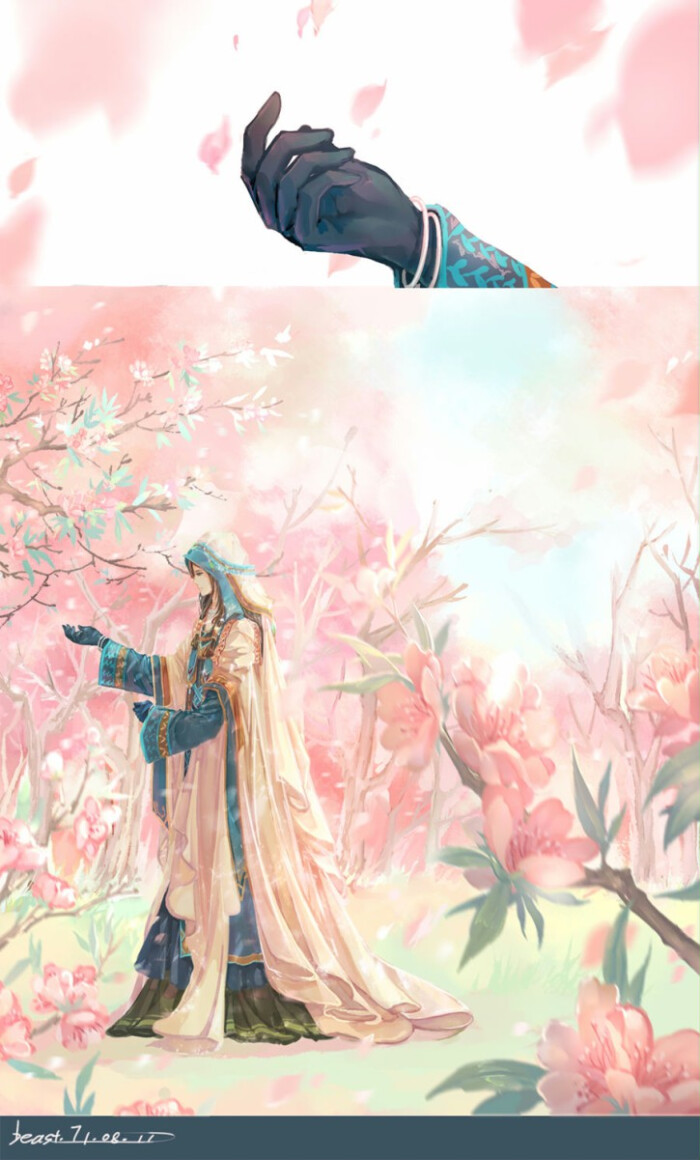
桃花流水窅然去，别有天地非人间。